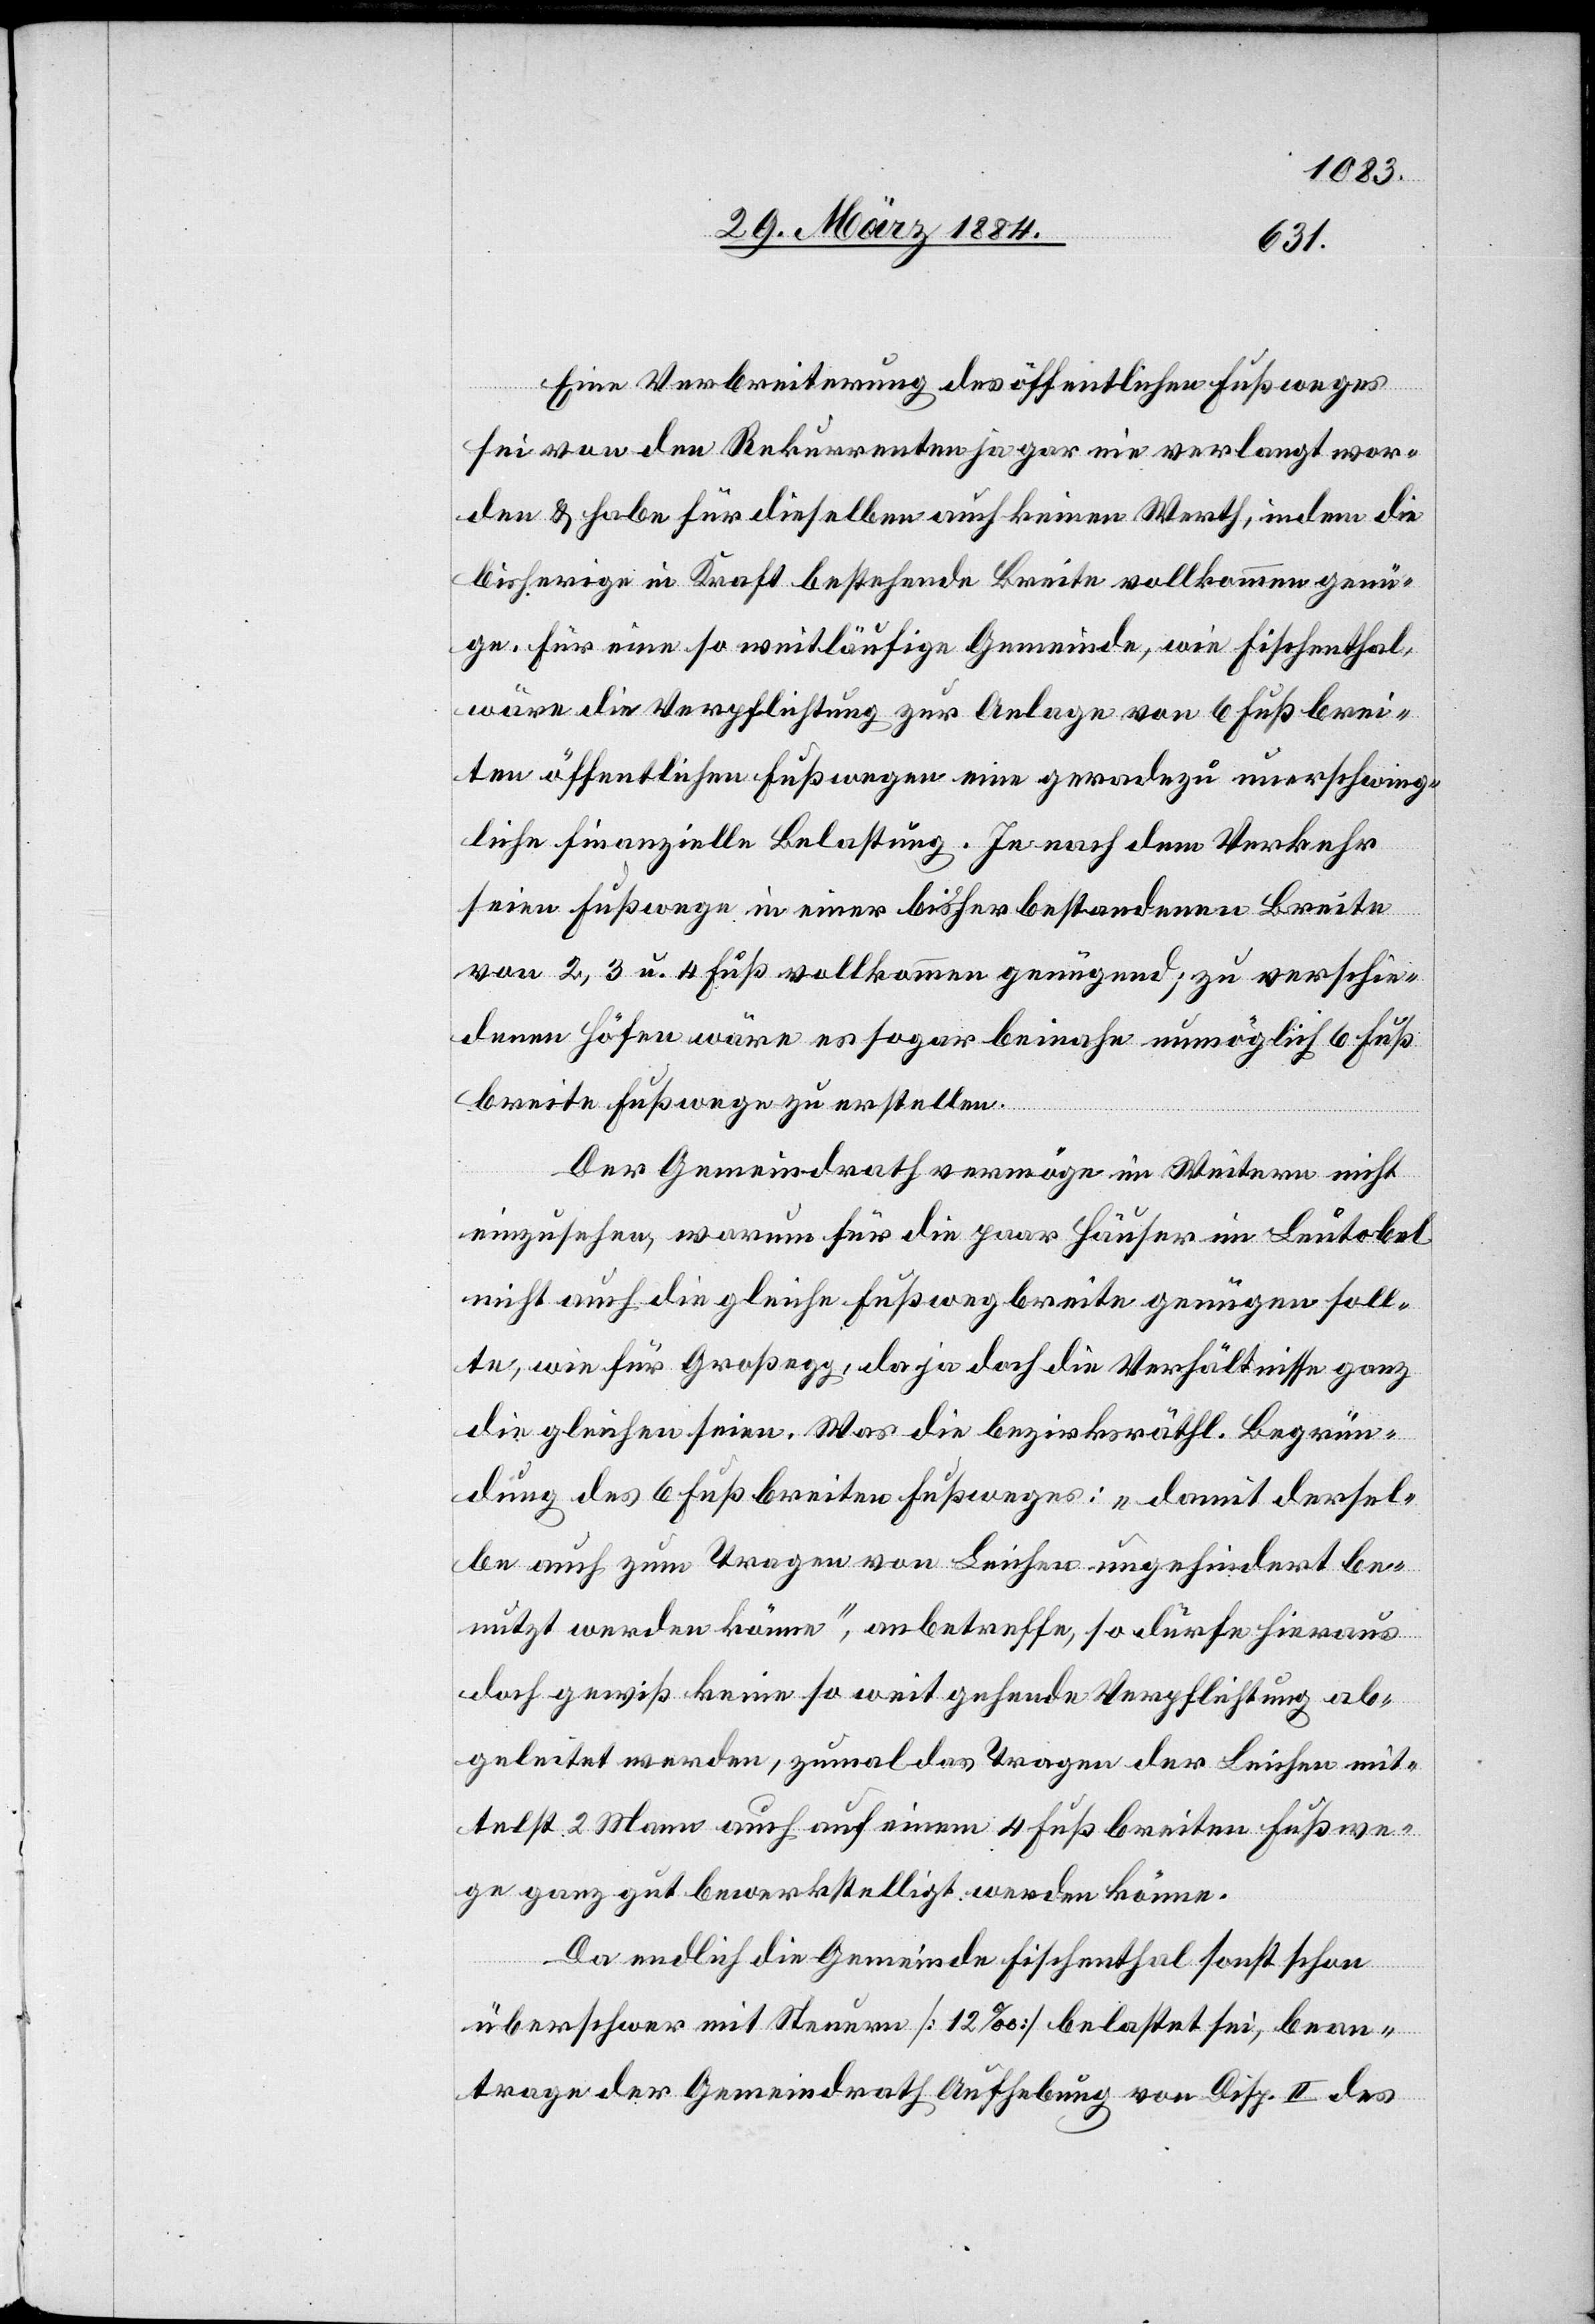
Eine Verbreiterung des öffentlichen Fußweges
sei von den Rekurrenten ja gar nie verlangt wor¬
den & habe für dieselben auch keinen Werth, indem die
bisherige in Kraft bestehende Breite vollkommen genü¬
ge. Für eine so weitläufige Gemeinde, wie Fischenthal,
wäre die Verpflichtung zur Anlage von 6 Fuß brei¬
ten öffentlichen Fußwegen eine geradezu unerschwing¬
liche finanzielle Belastung. Je nach dem Verkehr
seien Fußwege in einer bisher bestandenen Breite
von 2, 3 u. 4 Fuß vollkommen genügend; zu verschie¬
denen Höfen wäre es sogar beinahe unmöglich 6 Fuß
breite Fußwege zu erstellen.
Der Gemeindrath vermöge im Weitern nicht
einzusehen, warum für die paar Häuser im Leutobel
nicht auch die gleiche Fußwegbreite genügen soll¬
te, wie für Großegg, da ja doch die Verhältnisse ganz
die gleichen seien. Was die bezirksräthl. Begrün¬
dung des 6 Fuß breiten Fußweges: „damit dersel¬
be auch zum Tragen von Leichen ungehindert be¬
nutzt werden könne“, anbetreffe, so dürfe hieraus
doch gewiß keine so weit gehende Verpflichtung ab¬
geleitet werden, zumal das Tragen der Leichen mit¬
telst 2 Mann auch auf einem 4 Fuß breiten Fußwe¬
ge ganz gut bewerkstelligt werden könne.
Da endlich die Gemeinde Fischenthal sonst schon
überschwer mit Steuern [12‰] belastet sei, bean¬
trage der Gemeindrath Aufhebung von Disp. II des